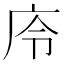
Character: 㡵